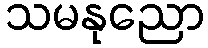
သမနုညော